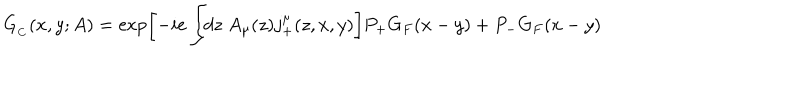
G _ { _ C } ( x , y ; A ) = \exp \left[ - i e \int \! \! d z \; A _ { \mu } ( z ) j _ { + } ^ { \mu } ( z , x , y ) \right] P _ { + } G _ { F } ( x - y ) + P _ { - } G _ { F } ( x - y )